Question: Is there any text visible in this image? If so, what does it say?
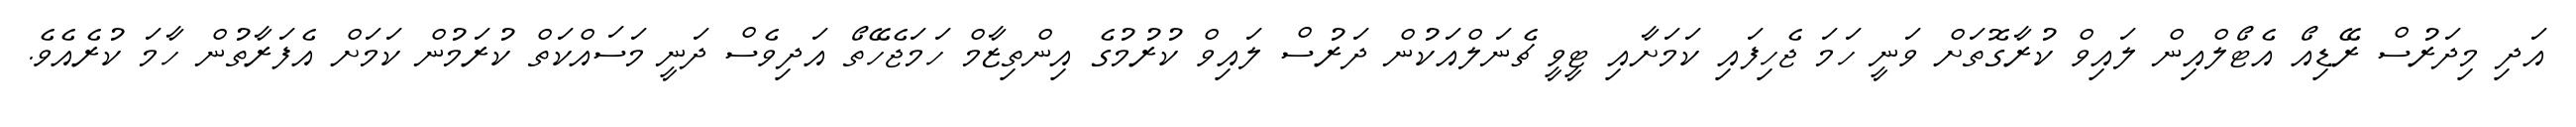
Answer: އަދި މިދަރުސް ރޭޑިއޯ އެޓޯލްއިން ލައިވް ކުރާގޮތަށް ވަނީ ހަމަ ޖެހިފައި ކަމަށާއި ޓީވީ ޗެނަލްއަކުން ދަރުސް ލައިވް ކުރުމުގެ އިންތިޒާމް ހަމަޖެހޭތޯ އަދިވެސް ދަނީ މަސައްކަތް ކުރަމުން ކަމަށް އެފަރާތުން ހާމަ ކުރެއެވެ.